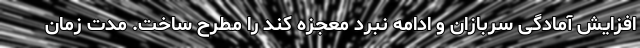
افزایش آمادگی سربازان و ادامه نبرد معجزه کند را مطرح ساخت. مدت زمان